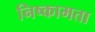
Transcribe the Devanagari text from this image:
निष्कामता